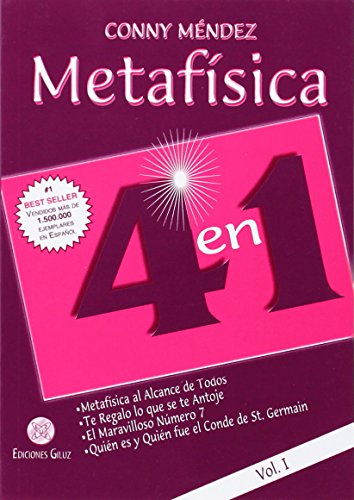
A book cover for MetafiÂ­sica 4 en 1. Vol I (Spanish Edition); Conny Mendez; Politics & Social Sciences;